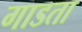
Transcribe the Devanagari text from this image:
गाडता